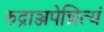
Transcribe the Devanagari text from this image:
रुद्राञ्जपेन्नित्यं